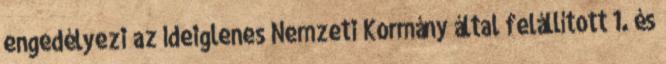
engedélyezi az Ideiglenes Nemzeti Kormány által felállított 1. és